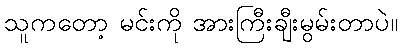
သူကတော့ မင်းကို အားကြီးချီးမွမ်းတာပဲ။